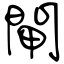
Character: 閘